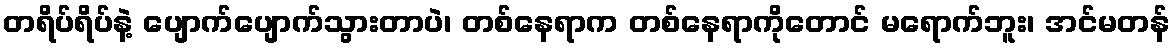
တရိပ်ရိပ်နဲ့ ပျောက်ပျောက်သွားတာပဲ၊ တစ်နေရာက တစ်နေရာကိုတောင် မရောက်ဘူး၊ အင်မတန်